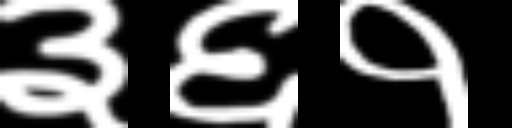
Text: ३६१